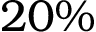
2 0 \%